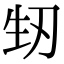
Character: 𭃚